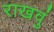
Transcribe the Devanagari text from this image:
राखवुं